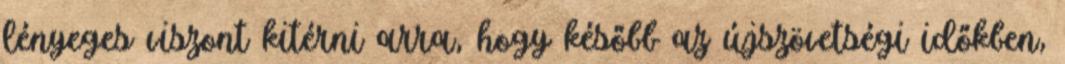
lényeges viszont kitérni arra, hogy később az újszövetségi időkben,